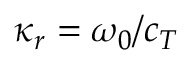
\kappa _ { r } = \omega _ { 0 } / c _ { T }